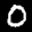
Label: 0